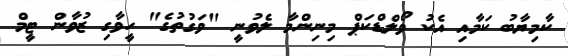
ކާމިޔާބު ކަމާއި އެކު ވޯލްޑްކަޕް މިނިންމާ ލެވުނީ "ވަގުތުގެ" ހީވާގި ޒުވާން ޓީމް